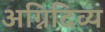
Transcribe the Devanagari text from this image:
अग्निदिव्य